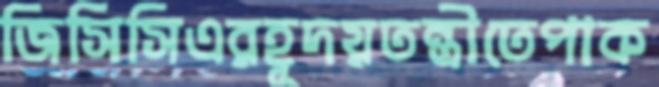
জিসিসিএরহূদয়তন্ত্রীতেপাক